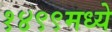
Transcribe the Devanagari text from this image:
१४९९मध्ये